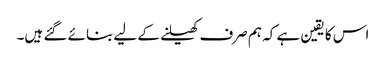
اس کا یقین ہے کہ ہم صرف کھیلنے کے لیے بنائے گئے ہیں۔